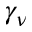
\gamma _ { \nu }